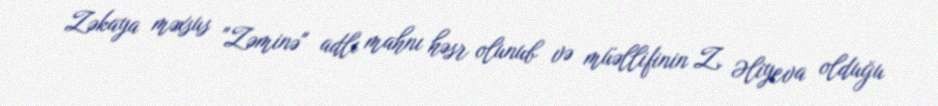
Zəkaya məxsus "Zəminə" adlı mahnı həsr olunub və müəllifinin Z. Əliyeva olduğu